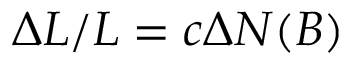
\Delta { } L / L = c \Delta { } N ( B )